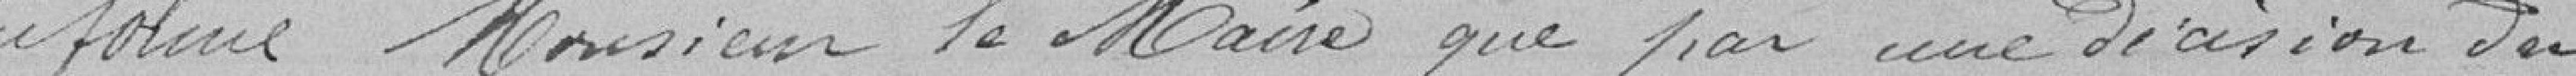
informe Monsieur le Maire que par une décision du